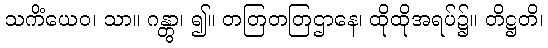
သကိံယေဝ၊ သာ။ ဂန္တွာ၊ ၍။ တတြတတြဌာနေ၊ ထိုထိုအရပ်၌။ တိဋ္ဌတိ၊